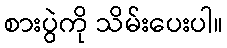
စားပွဲကို သိမ်းပေးပါ။